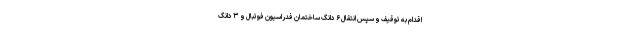
اقدام به توقیف و سپس انتقال ۶ دانگ ساختمان فدراسیون فوتبال و ۳ دانگ